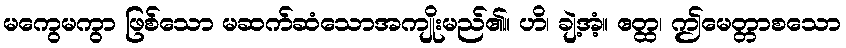
မကွေမကွာ ဖြစ်သော မဆက်ဆံသောအကျိုးမည်၏။ ဟိ၊ ချဲ့အံ့။ ဧတ္ထ၊ ဤမေတ္တာစသော